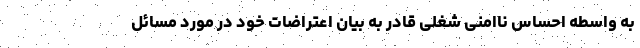
به واسطه احساس ناامنی شغلی قادر به بیان اعتراضات خود در مورد مسائل